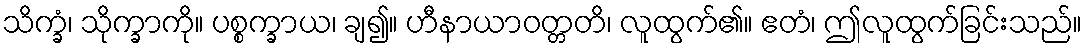
သိက္ခံ၊ သိုက္ခာကို။ ပစ္စက္ခာယ၊ ချ၍။ ဟီနာယာဝတ္တတိ၊ လူထွက်၏။ ဧတံ၊ ဤလူထွက်ခြင်းသည်။